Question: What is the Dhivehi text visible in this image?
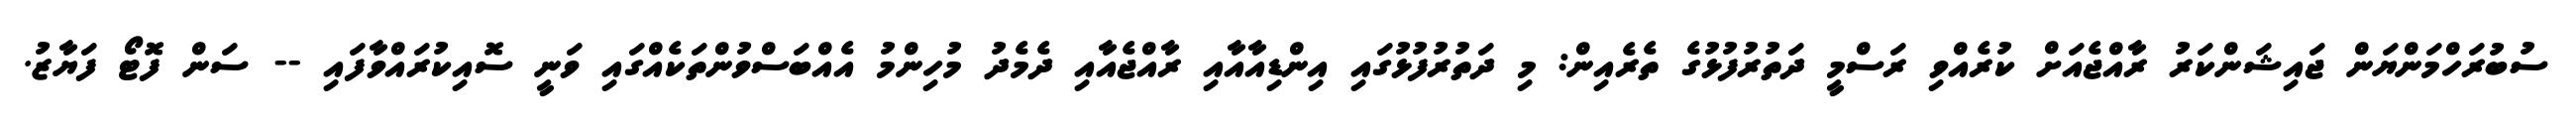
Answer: ސުބުރަހްމަންޔަން ޖައިޝަންކަރު ރާއްޖެއަށް ކުރެއްވި ރަސްމީ ދަތުރުފުޅުގެ ތެރެއިން: މި ދަތުރުފުޅުގައި އިންޑިއާއާއި ރާއްޖެއާއި ދެމެދު މުހިންމު އެއްބަސްވުންތަކެއްގައި ވަނީ ސޮއިކުރައްވާފައި -- ސަން ފޮޓޯ ފަޔާޒު.